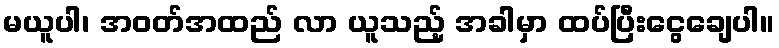
မယူပါ၊ အဝတ်အထည် လာ ယူသည့် အခါမှာ ထပ်ပြီးငွေချေပါ။